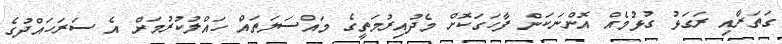
ގަތަރާއި ރަގަޅު ގުޅުމެއް އޮންނަކަން ފާހަގަކޮށް މެދުއިރުމަތީގެ މައްސަލަތައް ހައްލުކުރުމަށް އެ ސަރަހައްދުގެ